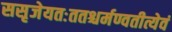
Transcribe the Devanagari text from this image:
ससृजेयतःततश्चर्मण्वतीत्येवं